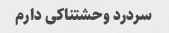
سردرد وحشتناکی دارم